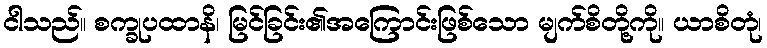
ငါသည်။ စက္ခုပထာနိ၊ မြင်ခြင်း၏အကြောင်းဖြစ်သော မျက်စိတို့ကို။ ယာစိတုံ၊